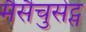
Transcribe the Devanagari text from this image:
मैसैचुसेट्स